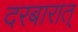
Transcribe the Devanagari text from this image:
दरबारात्